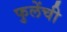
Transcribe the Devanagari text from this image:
फुलेंची